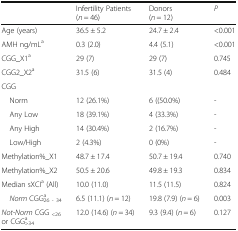
|  | Infertility Patients (n = 46) | Donors (n = 12) | P |
 | --- | --- | --- | --- |
 | Age (years) | 36.5 ± 5.2 | 24.7 ± 2.4 | <0.001 |
 | AMH ng/mLa | 0.3 (2.0) | 4.4 (5.1) | <0.001 |
 | CGG_X1a | 29 (7) | 29 (7) | 0.745 |
 | CGG2_X2a | 31.5 (6) | 31.5 (4) | 0.484 |
 | <COLSPAN=4> CGG |
 | Norm | 12 (26.1%) | 6 ((50.0%) | - |
 | Any Low | 18 (39.1%) | 4 (33.3%) | - |
 | Any High | 14 (30.4%) | 2 (16.7%) | - |
 | Low/High | 2 (4.3%) | 0 (0%) | - |
 | Methylation%_X1 | 48.7 ± 17.4 | 50.7 ± 19.4 | 0.740 |
 | Methylation%_X2 | 50.5 ± 20.6 | 49.8 ± 19.3 | 0.834 |
 | Median sXCIa (All) | 10.0 (11.0) | 11.5 (11.5) | 0.824 |
 | Norm CGG26 - 34a | 6.5 (11.1) (n = 12) | 19.8 (7.9) (n = 6) | 0.003 |
 | Not-Norm CGG <26or CGG>34a | 12.0 (14.6) (n = 34) | 9.3 (9.4) (n = 6) | 0.127 |